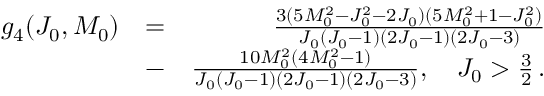
\begin{array} { r l r } { g _ { 4 } ( J _ { 0 } , M _ { 0 } ) } & { = } & { \frac { 3 ( 5 M _ { 0 } ^ { 2 } - J _ { 0 } ^ { 2 } - 2 J _ { 0 } ) ( 5 M _ { 0 } ^ { 2 } + 1 - J _ { 0 } ^ { 2 } ) } { J _ { 0 } ( J _ { 0 } - 1 ) ( 2 J _ { 0 } - 1 ) ( 2 J _ { 0 } - 3 ) } } \\ & { - } & { \frac { 1 0 M _ { 0 } ^ { 2 } ( 4 M _ { 0 } ^ { 2 } - 1 ) } { J _ { 0 } ( J _ { 0 } - 1 ) ( 2 J _ { 0 } - 1 ) ( 2 J _ { 0 } - 3 ) } , \quad J _ { 0 } > \frac { 3 } { 2 } \, . } \end{array}